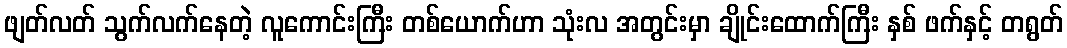
ဖျတ်လတ် သွက်လက်နေတဲ့ လူကောင်းကြီး တစ်ယောက်ဟာ သုံးလ အတွင်းမှာ ချိုင်းထောက်ကြီး နှစ် ဖက်နှင့် တရွတ်